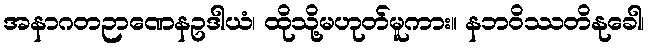
အနာဂတဉာဏေနဥဒါယံ၊ ထိုသို့မဟုတ်မူကား။ နဘဝိဿတိနုခေါ၊